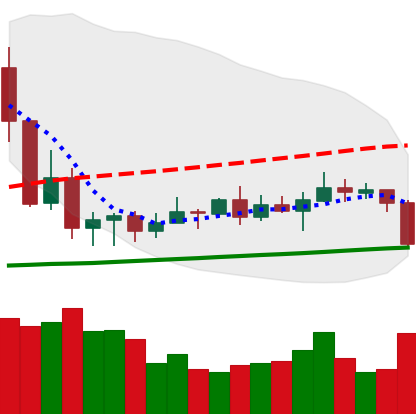
Ticker: XRP-USD
Chart end date: 2020-09-21
Forward return: 4.317%
Label: up_3_5